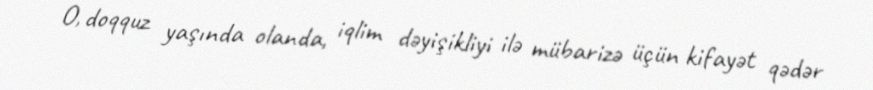
O, doqquz yaşında olanda, iqlim dəyişikliyi ilə mübarizə üçün kifayət qədər